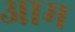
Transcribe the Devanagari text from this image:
अाम